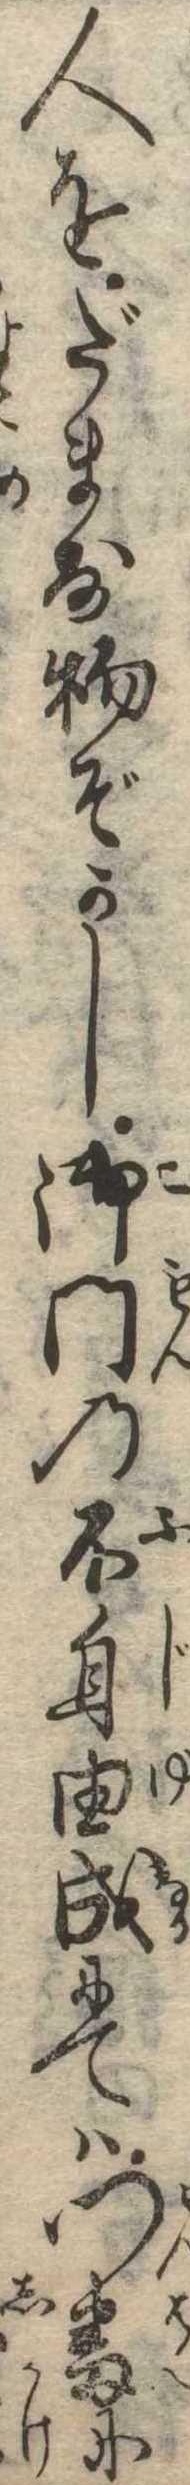
人をだます物ぞかし御門の不自由成にては門番に